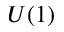
U ( 1 )